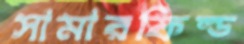
সামারফিল্ড